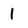
Character: l